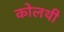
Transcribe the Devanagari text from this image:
कोलथी